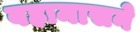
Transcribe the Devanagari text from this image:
बहामासने